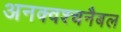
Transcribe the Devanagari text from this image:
अनक्वश्चनैबल